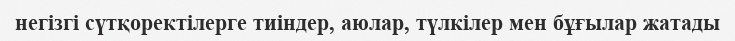
негізгі сүтқоректілерге тиіндер, аюлар, түлкілер мен бұғылар жатады